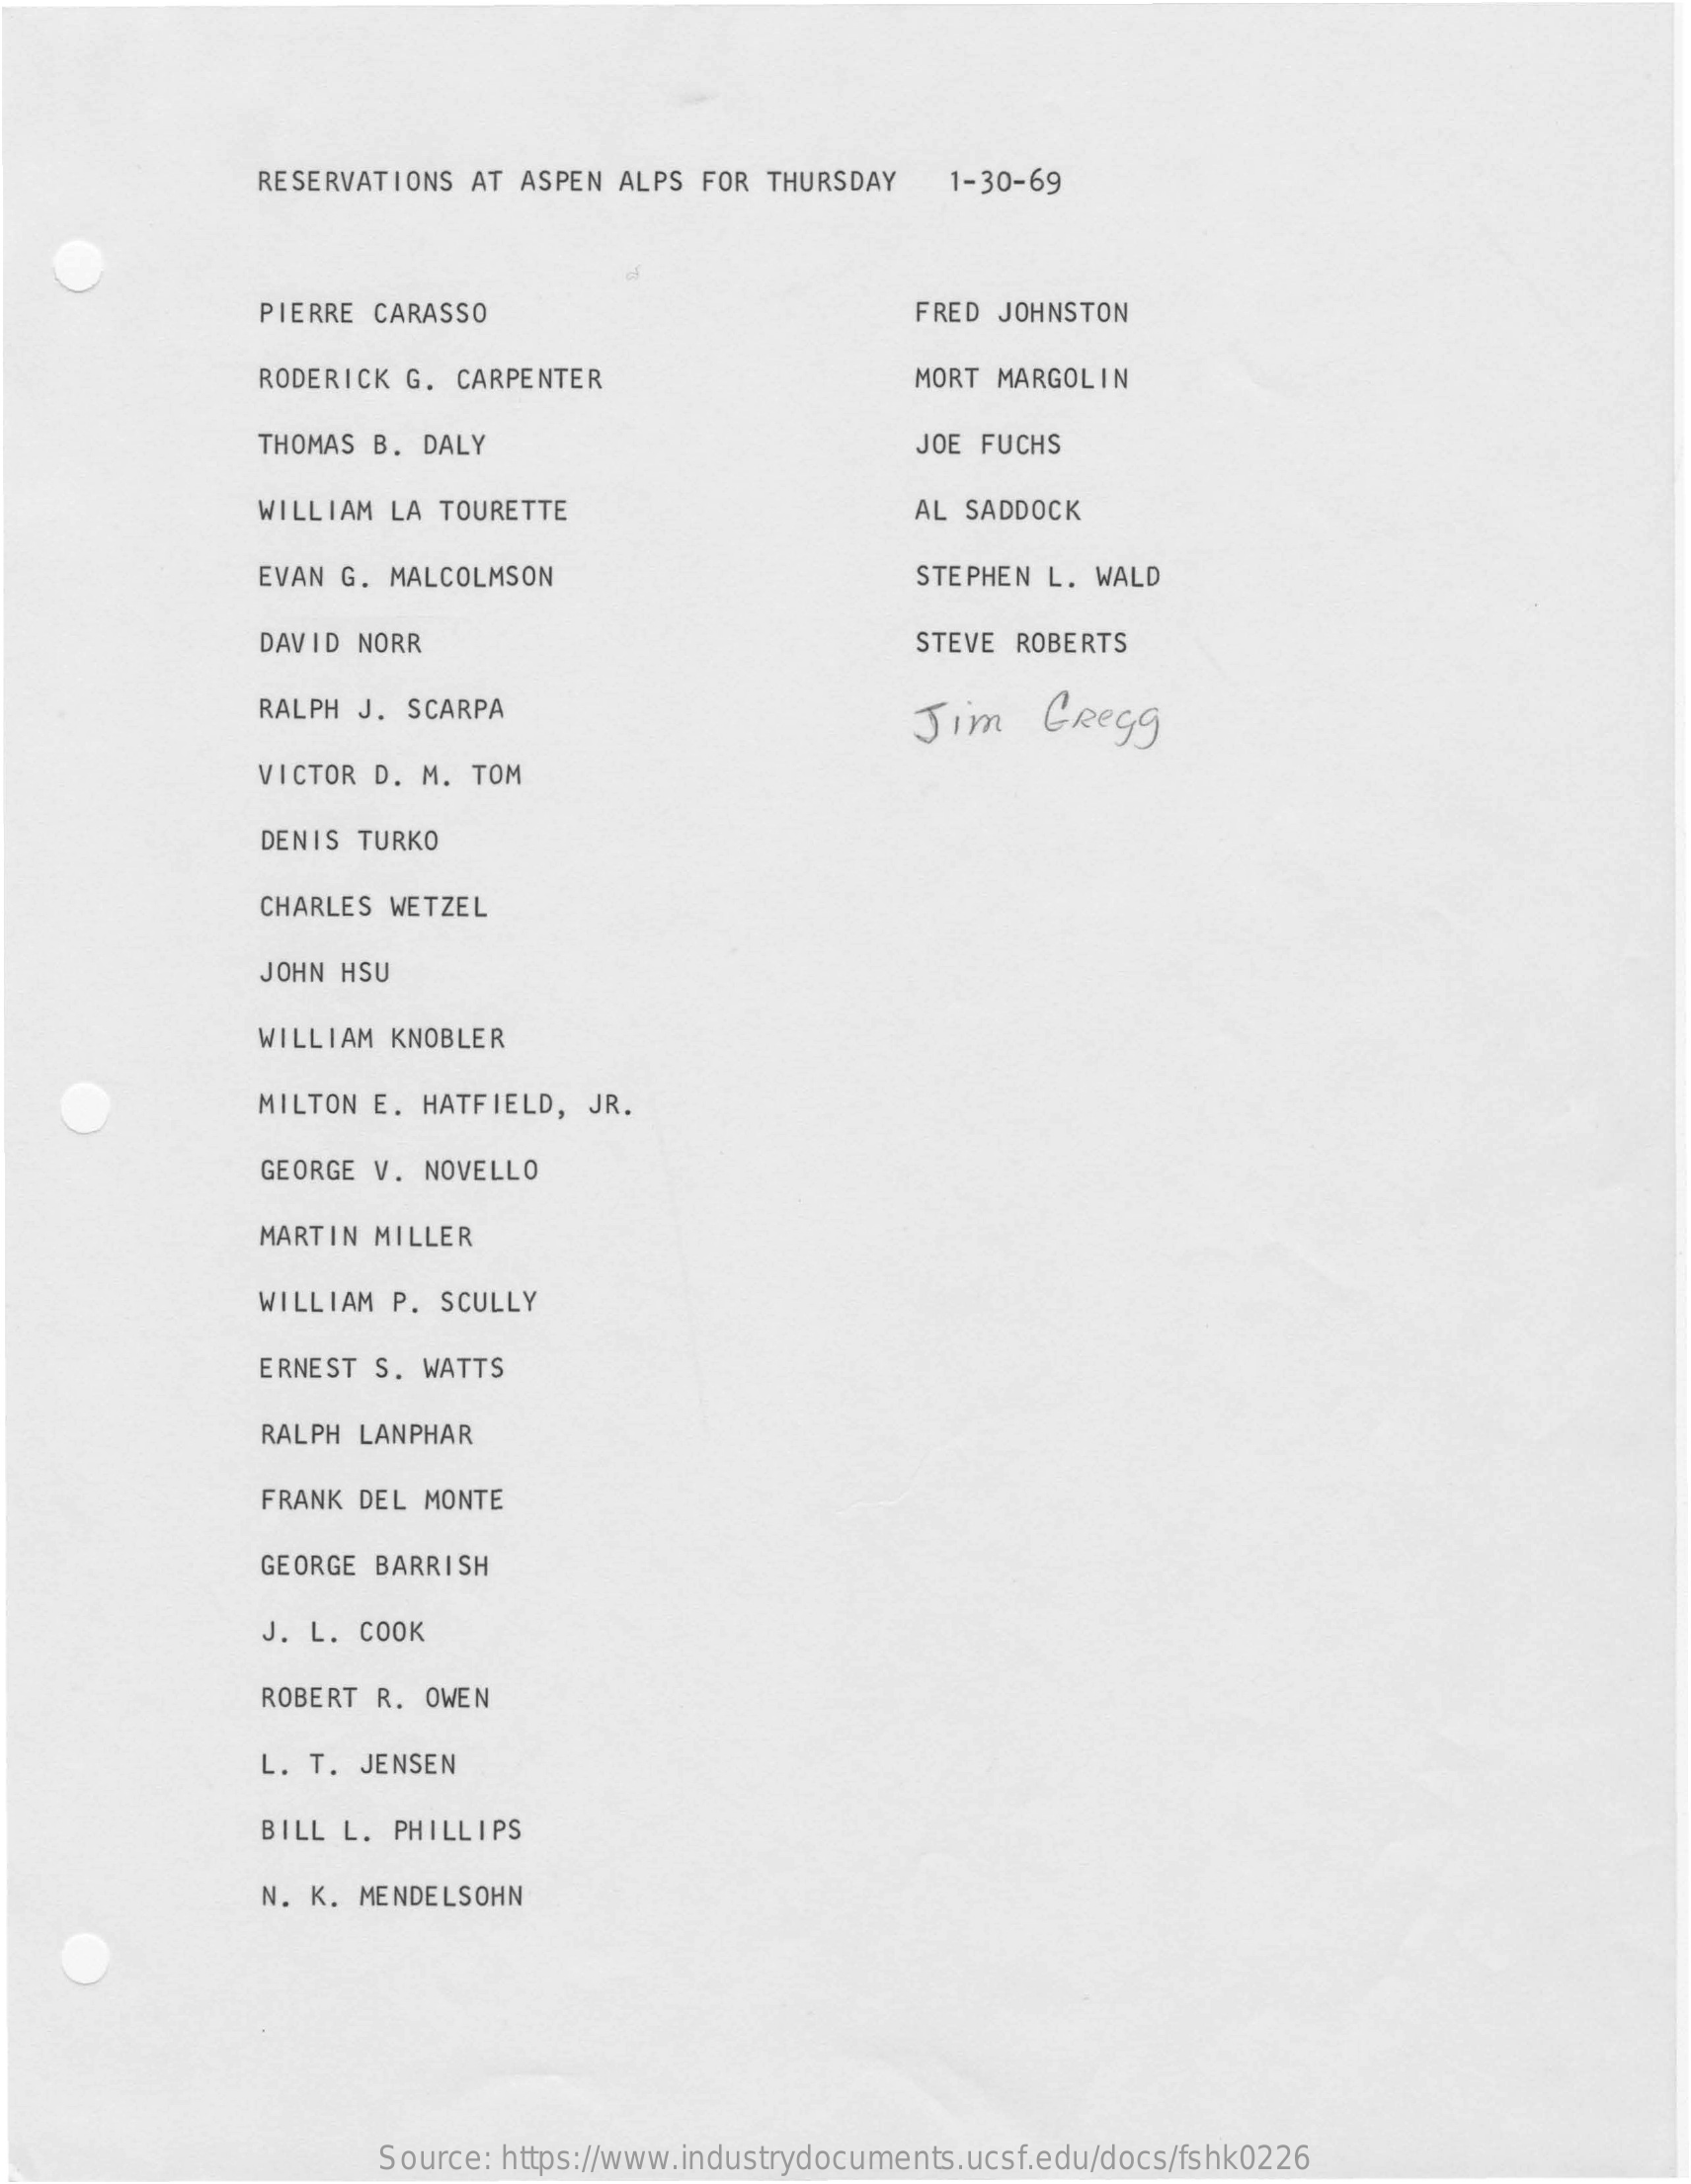
RESERVATIONS AT ASPEN ALPS FOR  THURSDAY   1-30-69
     P
     PIERRE CARASSO    FRED JOHNSTON
     RODERICK G. CARPENTER    MORT MARGOLIN
     THOMAS B. DALY    JOE FUCHS
     WILLIAM LA TOURETTE    AL SADDOCK
     EVAN G. MALCOLMSON    STEPHEN L. WALD
     DAVID NORR    STEVE ROBERTS
     RALPH J. SCARPA    Jim    Gregg
     VICTOR D. M. TOM
     DENIS TURKO
     CHARLES WETZEL
     JOHN HSU
     WILLIAM KNOBLER
     MILTON E. HATFIELD, JR.
     GEORGE V. NOVELLO
     MARTIN MILLER
     WILLIAM P. SCULLY
     ERNEST S. WATTS
     RALPH LANPHAR
     FRANK DEL MONTE
     GEORGE BARRISH
     J. L. COOK
     ROBERT R. OWEN
     L. T. JENSEN
     BILL L. PHILLIPS
     N. K. MENDELSOHN
     Source: https://www.industrydocuments.ucsf.edu/docs/fshk0226